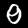
Digit: 0